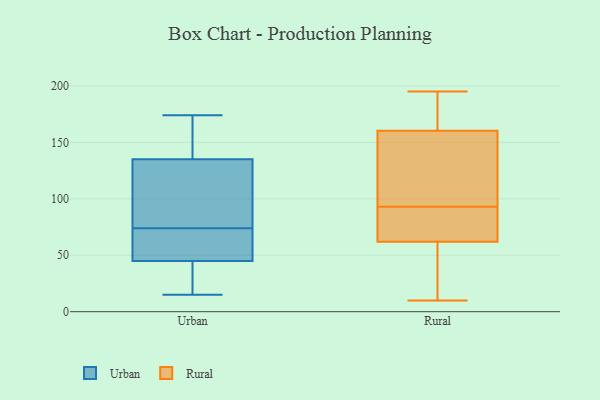
{"axis": {"x": "Website Visitors", "y": "Value"}, "legend": ["Rural", "Urban"], "data": [{"x": "", "y": 70, "type": "Urban"}, {"x": "", "y": 26, "type": "Urban"}, {"x": "", "y": 73, "type": "Urban"}, {"x": "", "y": 74, "type": "Urban"}, {"x": "", "y": 26, "type": "Urban"}, {"x": "", "y": 148, "type": "Urban"}, {"x": "", "y": 15, "type": "Urban"}, {"x": "", "y": 102, "type": "Urban"}, {"x": "", "y": 153, "type": "Urban"}, {"x": "", "y": 84, "type": "Urban"}, {"x": "", "y": 41, "type": "Urban"}, {"x": "", "y": 132, "type": "Urban"}, {"x": "", "y": 122, "type": "Urban"}, {"x": "", "y": 24, "type": "Urban"}, {"x": "", "y": 65, "type": "Urban"}, {"x": "", "y": 165, "type": "Urban"}, {"x": "", "y": 174, "type": "Urban"}, {"x": "", "y": 136, "type": "Urban"}, {"x": "", "y": 57, "type": "Urban"}, {"x": "", "y": 10, "type": "Rural"}, {"x": "", "y": 188, "type": "Rural"}, {"x": "", "y": 119, "type": "Rural"}, {"x": "", "y": 195, "type": "Rural"}, {"x": "", "y": 62, "type": "Rural"}, {"x": "", "y": 103, "type": "Rural"}, {"x": "", "y": 36, "type": "Rural"}, {"x": "", "y": 63, "type": "Rural"}, {"x": "", "y": 62, "type": "Rural"}, {"x": "", "y": 176, "type": "Rural"}, {"x": "", "y": 155, "type": "Rural"}, {"x": "", "y": 82, "type": "Rural"}, {"x": "", "y": 93, "type": "Rural"}]}